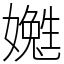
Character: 嬔